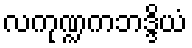
လကုဏ္ဍကဘဒ္ဒိယံ